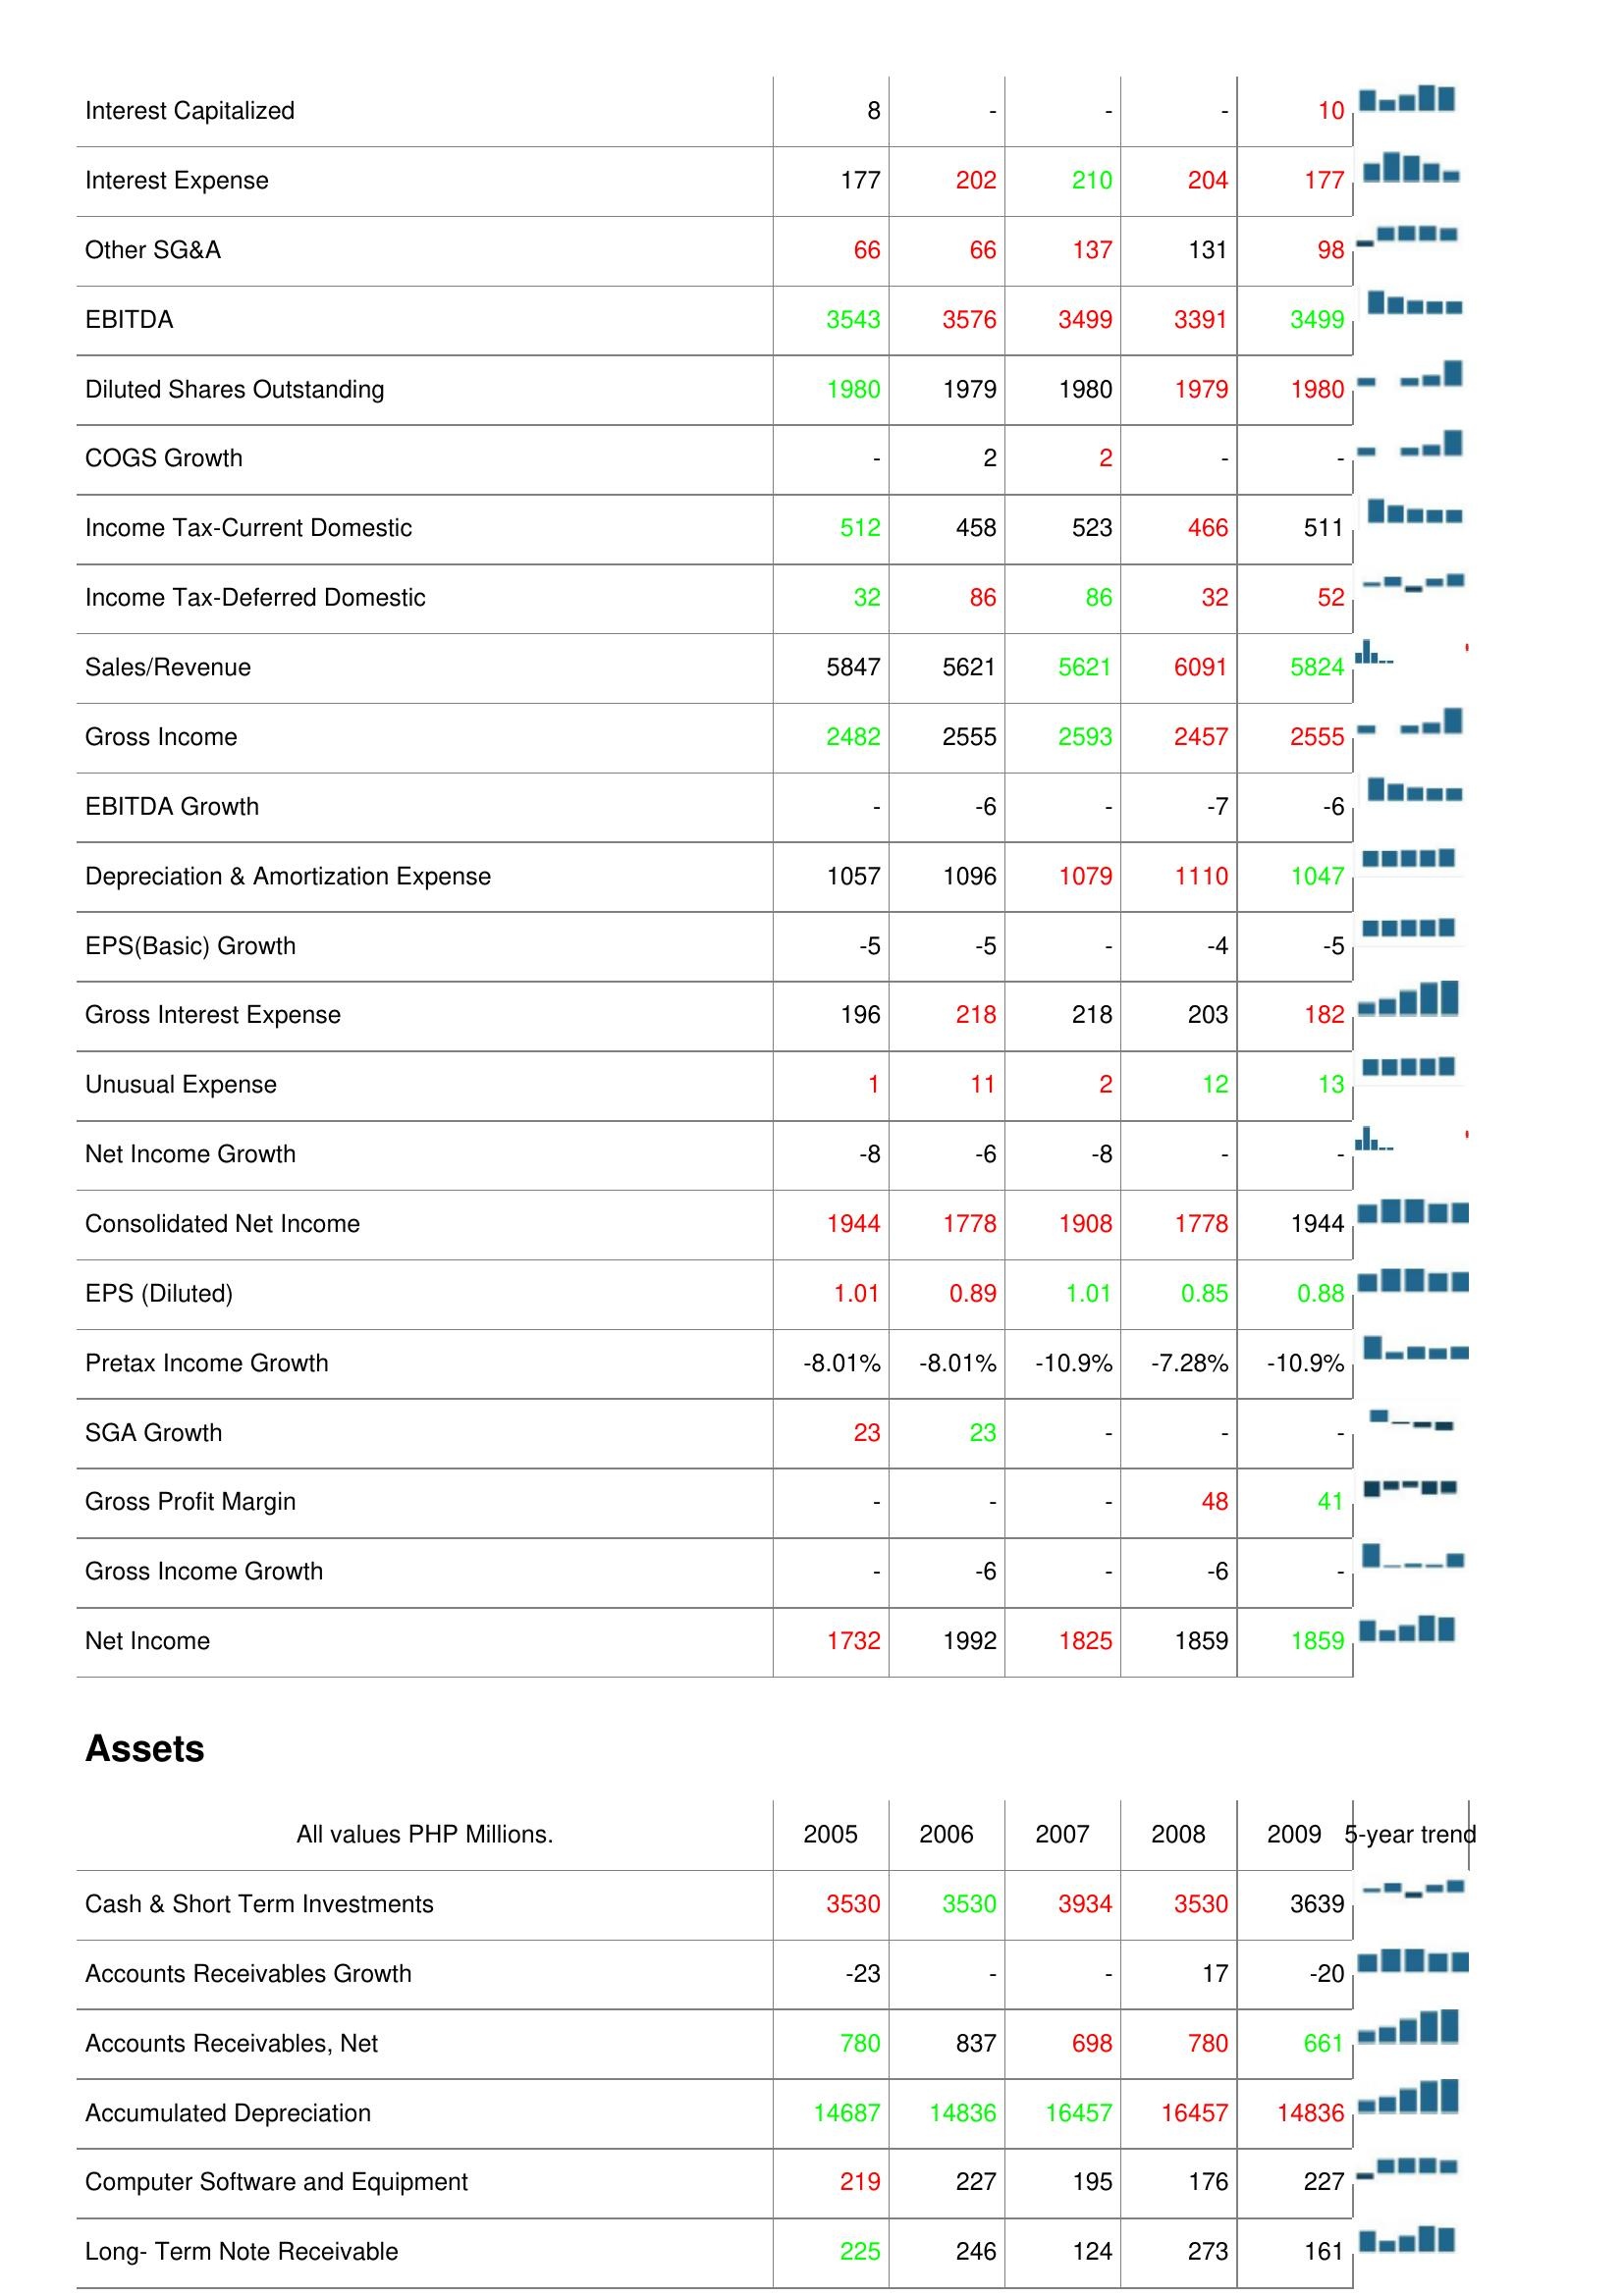
2005: : Interest Capitalized: 8
Interest Expense: 177
Other SG&A: 66
EBITDA: 3543
Diluted Shares Outstanding: 1980
COGS Growth: -
Income Tax-Current Domestic: 512
Income Tax-Deferred Domestic: 32
Sales/Revenue: 5847
Gross Income: 2482
EBITDA Growth: -
Depreciation & Amortization Expense: 1057
EPS(Basic) Growth: -5
Gross Interest Expense: 196
Unusual Expense: 1
Net Income Growth: -8
Consolidated Net Income: 1944
EPS (Diluted): 1.01
Pretax Income Growth: -8.01%
SGA Growth: 23
Gross Profit Margin: -
Gross Income Growth: -
Net Income: 1732
Assets: Cash & Short Term Investments: 3530
Accounts Receivables Growth: -23
Accounts Receivables, Net: 780
Accumulated Depreciation: 14687
Computer Software and Equipment: 219
Long- Term Note Receivable: 225
2006: : Interest Capitalized: -
Interest Expense: 202
Other SG&A: 66
EBITDA: 3576
Diluted Shares Outstanding: 1979
COGS Growth: 2
Income Tax-Current Domestic: 458
Income Tax-Deferred Domestic: 86
Sales/Revenue: 5621
Gross Income: 2555
EBITDA Growth: -6
Depreciation & Amortization Expense: 1096
EPS(Basic) Growth: -5
Gross Interest Expense: 218
Unusual Expense: 11
Net Income Growth: -6
Consolidated Net Income: 1778
EPS (Diluted): 0.89
Pretax Income Growth: -8.01%
SGA Growth: 23
Gross Profit Margin: -
Gross Income Growth: -6
Net Income: 1992
Assets: Cash & Short Term Investments: 3530
Accounts Receivables Growth: -
Accounts Receivables, Net: 837
Accumulated Depreciation: 14836
Computer Software and Equipment: 227
Long- Term Note Receivable: 246
2007: : Interest Capitalized: -
Interest Expense: 210
Other SG&A: 137
EBITDA: 3499
Diluted Shares Outstanding: 1980
COGS Growth: 2
Income Tax-Current Domestic: 523
Income Tax-Deferred Domestic: 86
Sales/Revenue: 5621
Gross Income: 2593
EBITDA Growth: -
Depreciation & Amortization Expense: 1079
EPS(Basic) Growth: -
Gross Interest Expense: 218
Unusual Expense: 2
Net Income Growth: -8
Consolidated Net Income: 1908
EPS (Diluted): 1.01
Pretax Income Growth: -10.9%
SGA Growth: -
Gross Profit Margin: -
Gross Income Growth: -
Net Income: 1825
Assets: Cash & Short Term Investments: 3934
Accounts Receivables Growth: -
Accounts Receivables, Net: 698
Accumulated Depreciation: 16457
Computer Software and Equipment: 195
Long- Term Note Receivable: 124
2008: : Interest Capitalized: -
Interest Expense: 204
Other SG&A: 131
EBITDA: 3391
Diluted Shares Outstanding: 1979
COGS Growth: -
Income Tax-Current Domestic: 466
Income Tax-Deferred Domestic: 32
Sales/Revenue: 6091
Gross Income: 2457
EBITDA Growth: -7
Depreciation & Amortization Expense: 1110
EPS(Basic) Growth: -4
Gross Interest Expense: 203
Unusual Expense: 12
Net Income Growth: -
Consolidated Net Income: 1778
EPS (Diluted): 0.85
Pretax Income Growth: -7.28%
SGA Growth: -
Gross Profit Margin: 48
Gross Income Growth: -6
Net Income: 1859
Assets: Cash & Short Term Investments: 3530
Accounts Receivables Growth: 17
Accounts Receivables, Net: 780
Accumulated Depreciation: 16457
Computer Software and Equipment: 176
Long- Term Note Receivable: 273
2009: : Interest Capitalized: 10
Interest Expense: 177
Other SG&A: 98
EBITDA: 3499
Diluted Shares Outstanding: 1980
COGS Growth: -
Income Tax-Current Domestic: 511
Income Tax-Deferred Domestic: 52
Sales/Revenue: 5824
Gross Income: 2555
EBITDA Growth: -6
Depreciation & Amortization Expense: 1047
EPS(Basic) Growth: -5
Gross Interest Expense: 182
Unusual Expense: 13
Net Income Growth: -
Consolidated Net Income: 1944
EPS (Diluted): 0.88
Pretax Income Growth: -10.9%
SGA Growth: -
Gross Profit Margin: 41
Gross Income Growth: -
Net Income: 1859
Assets: Cash & Short Term Investments: 3639
Accounts Receivables Growth: -20
Accounts Receivables, Net: 661
Accumulated Depreciation: 14836
Computer Software and Equipment: 227
Long- Term Note Receivable: 161